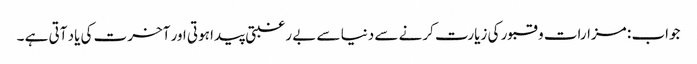
جواب : مزارات و قبور کی زیارت کرنے سے دنیا سے بے رغبتی پیدا ہوتی اور آخرت کی یاد آتی ہے ۔